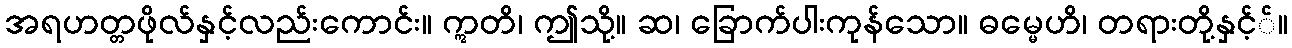
အရဟတ္တဖိုလ်နှင့်လည်းကောင်း။ ဣတိ၊ ဤသို့။ ဆ၊ ခြောက်ပါးကုန်သော။ ဓမ္မေဟိ၊ တရားတို့နှင့််။